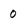
Character: 0